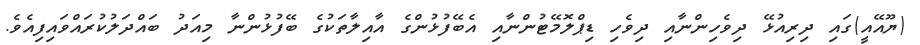
(ޔޫއޭއީ)ގައި ދިރިއުޅޭ ދިވެހިންނާއި ދިވެހި ޑިޕްލޮމޭޓުންނާއި އެބޭފުޅުންގެ އާއިލާތަކުގެ ބޭފުޅުންނާ މިއަދު ބައްދަލުކުރައްވައިފިއެވެ.